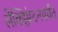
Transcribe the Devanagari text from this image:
लेक्झिंग्टनपर्यंत